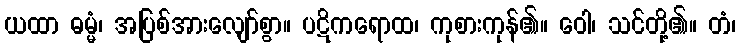
ယထာ ဓမ္မံ၊ အပြစ်အားလျော်စွာ။ ပဋိကရောထ၊ ကုစားကုန်၏။ ဝေါ၊ သင်တို့၏။ တံ၊